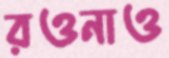
রওনাও